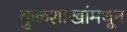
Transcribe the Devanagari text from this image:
कुळशाखांमधून